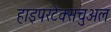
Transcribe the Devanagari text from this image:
हाइपरटेक्सचुअल